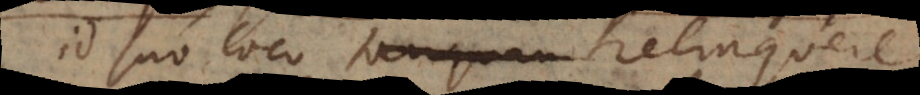
id suo loco relinquere